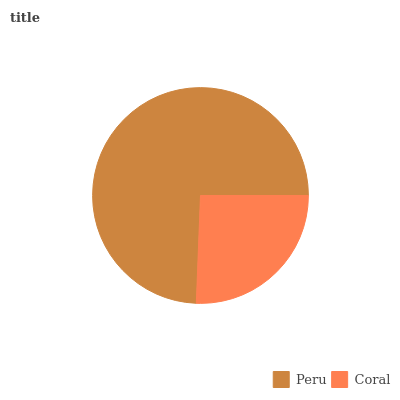
| Peru | Coral |
 | --- | --- |
 | 74.4% | 25.6% |